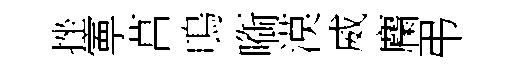
挫寕菖鳴㗸漠威麕弔